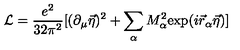
{ \cal L } = \frac { e ^ { 2 } } { 3 2 \pi ^ { 2 } } [ ( \partial _ { \mu } \vec { \eta } ) ^ { 2 } + \sum _ { \alpha } M _ { \alpha } ^ { 2 } \mathrm { e x p } ( i \vec { r } _ { \alpha } \vec { \eta } ) ]